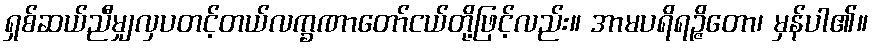
ရှစ်ဆယ်ညီမျှလှပတင့်တယ်လက္ခဏာတော်ငယ်တို့ဖြင့်လည်း။ အာမပရိရဉ္ဇိတော၊ မှန်ပါ၏။